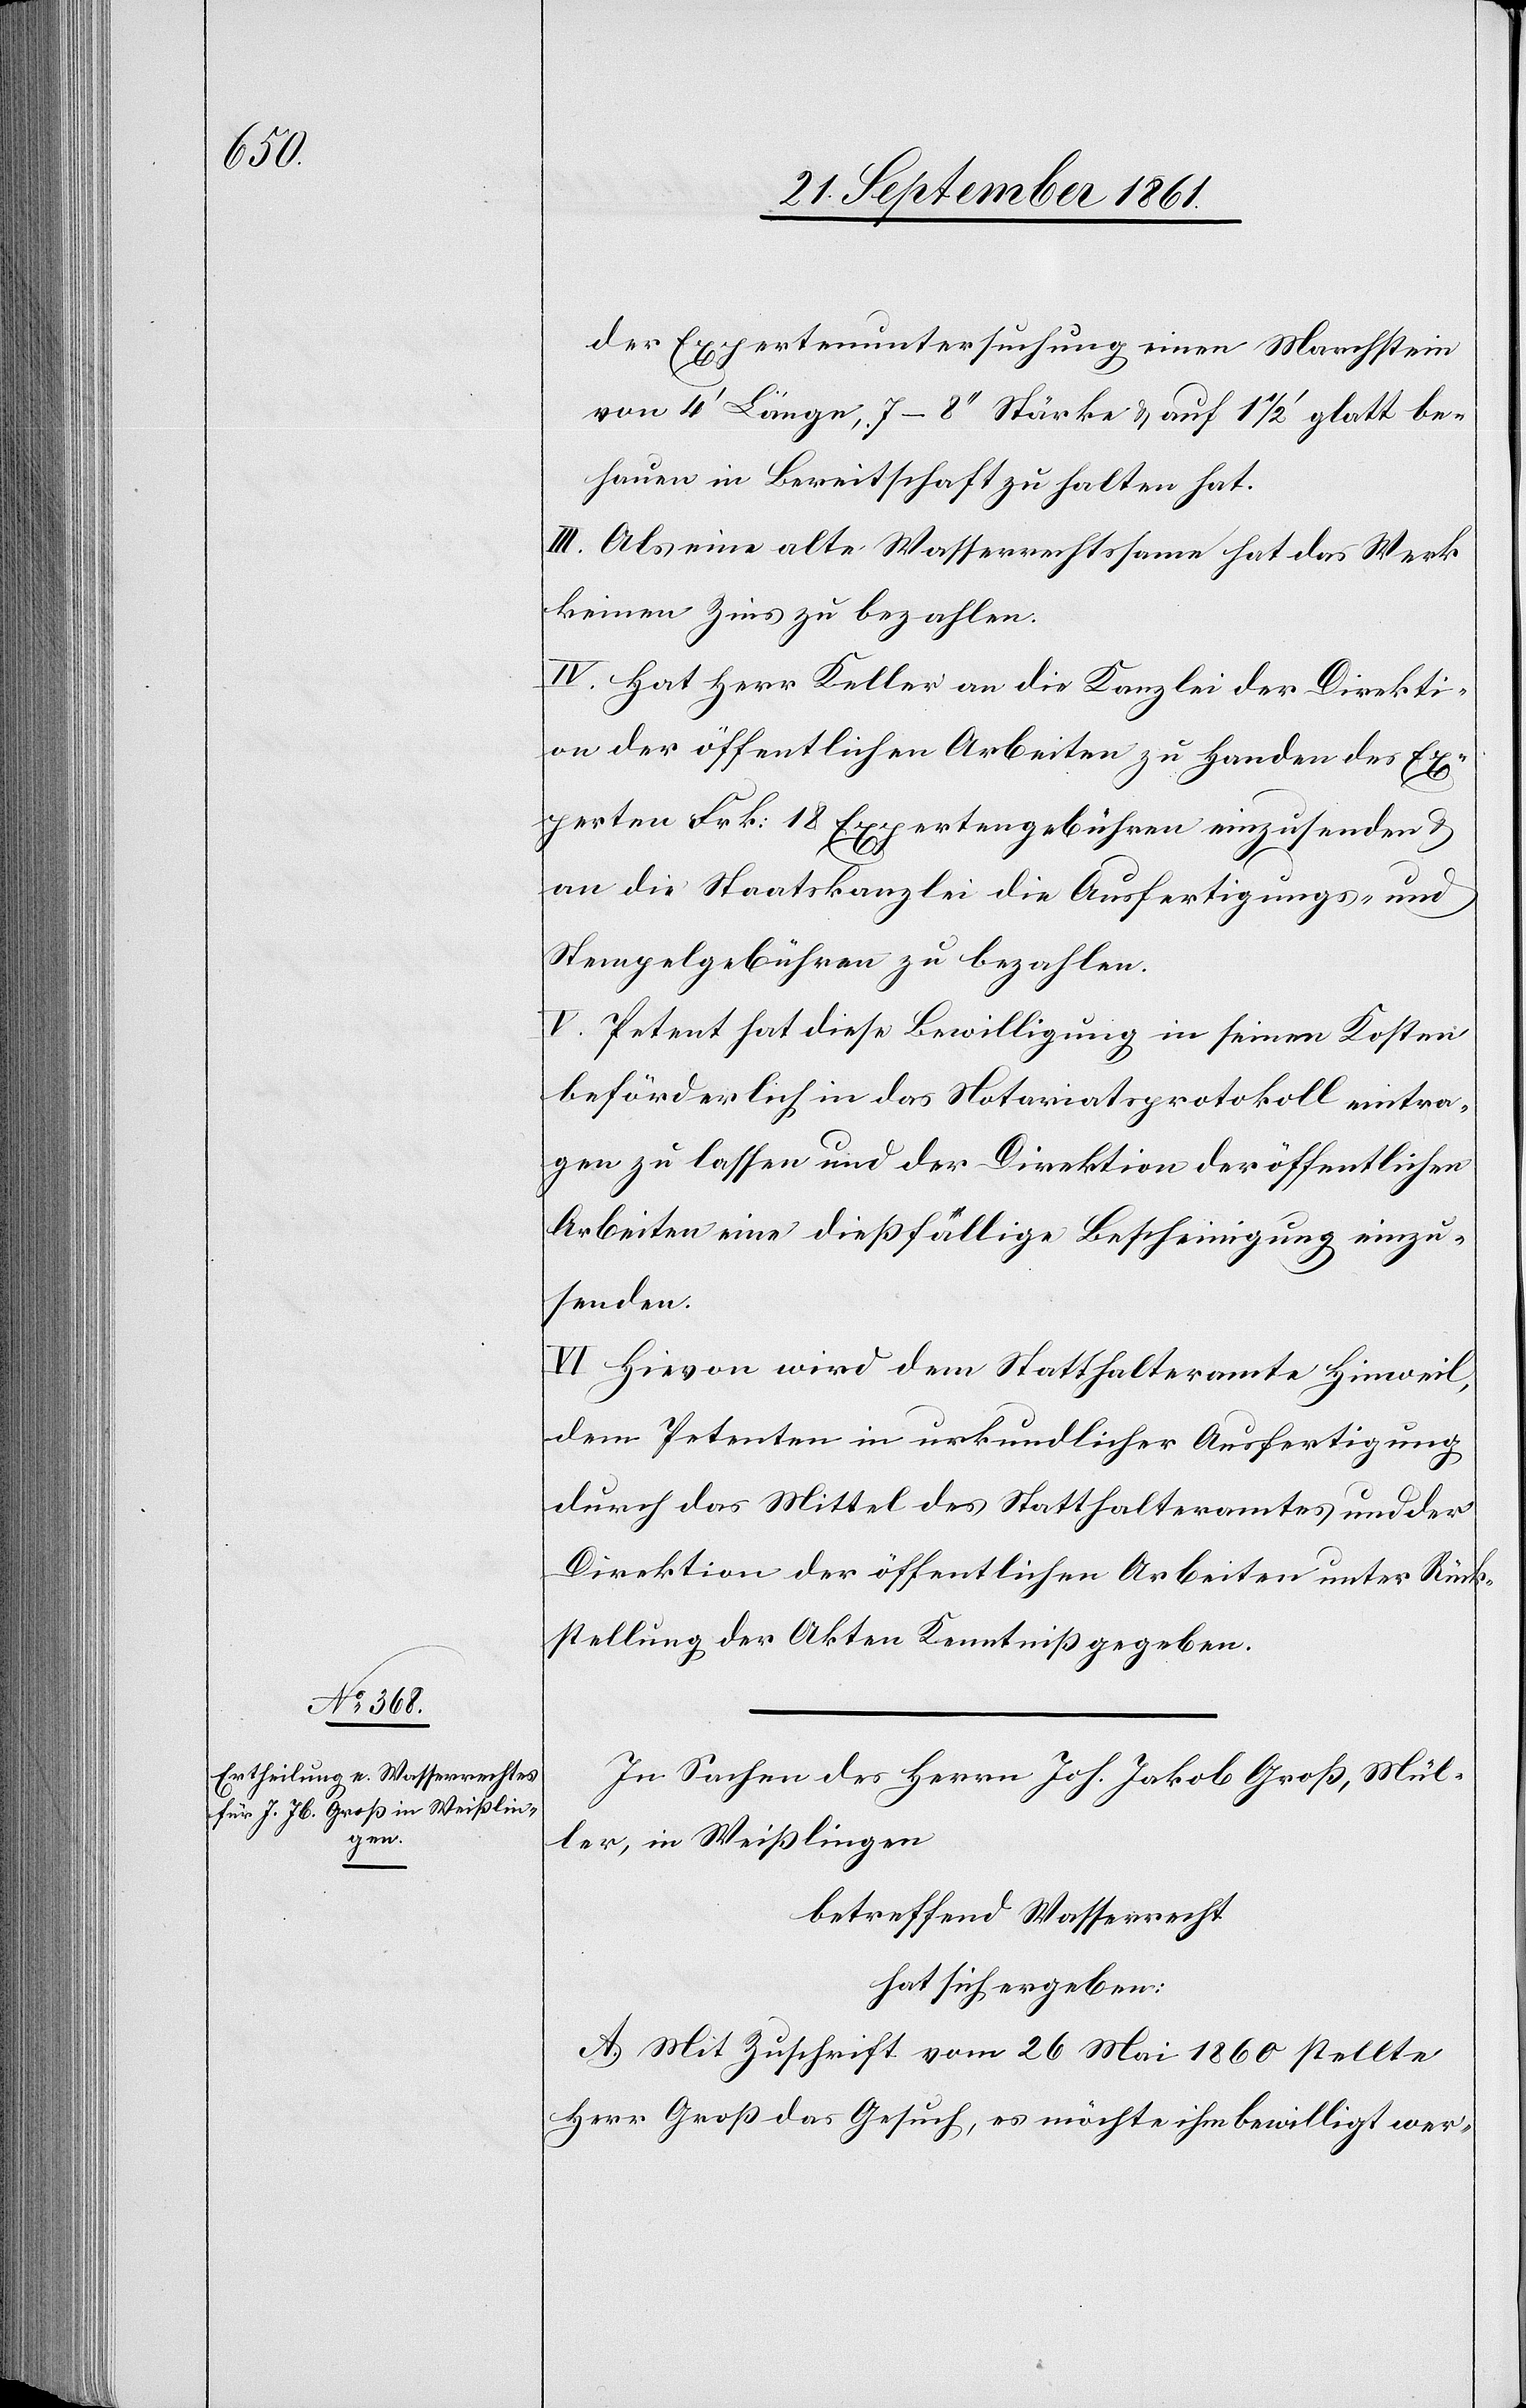
der Expertenuntersuchung einen Marchstein
von 4‘ Länge, 7–8‘‘ Stärke u. auf 1 1/2‘ glatt be¬
hauen in Bereitschaft zu halten hat.
III. Als eine alte Wasserrechtssame hat das Werk
keinen Zins zu bezahlen.
IV. Hat Herr Keller an die Kanzlei der Direkti¬
on der öffentlichen Arbeiten zu Handen des Ex¬
perten Frk. 18 Expertengebühren einzusenden u.
an die Staatskanzlei die Ausfertigungs- u.
Stempelgebühren zu bezahlen.
V. Petent hat diese Bewilligung in seinen Kosten
beförderlich in das Notariatsprotokoll eintra¬
gen zu lassen und der Direktion der öffentlichen
Arbeiten eine dießfällige Bescheinigung einzu¬
senden.
VI. Hievon wird dem Statthalteramte Hinweil,
dem Petenten in urkundlicher Ausfertigung
durch das Mittel des Statthalteramtes und der
Direktion der öffentlichen Arbeiten unter Rück¬
stellung der Akten Kenntniß gegeben.
In Sachen des Herrn Joh. Jakob Groß, Mül¬
ler, in Weißlingen
betreffend Wasserrecht
hat sich ergeben:
A. Mit Zuschrift vom 26 Mai 1860 stellte
Herr Groß das Gesuch, es möchte ihm bewilligt wer-